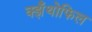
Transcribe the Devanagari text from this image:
क्झँथोफिल